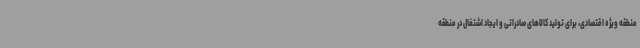
منطقه ویژه اقتصادی، برای تولید کالاهای صادراتی و ایجاد اشتغال در منطقه